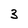
Character: 3